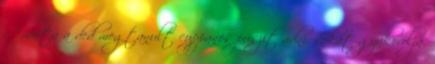
Amióta a ded megtanult cuppanós puszit adni, sokat gyakorolja.